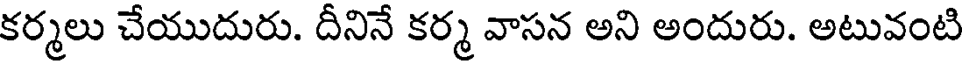
కర్మలు చేయుదురు. దీనినే కర్మ వాసన అని అందురు. అటువంటి